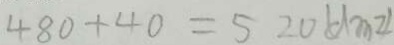
4 8 0 + 4 0 = 5 2 0 ( d m ^ { 2 } )